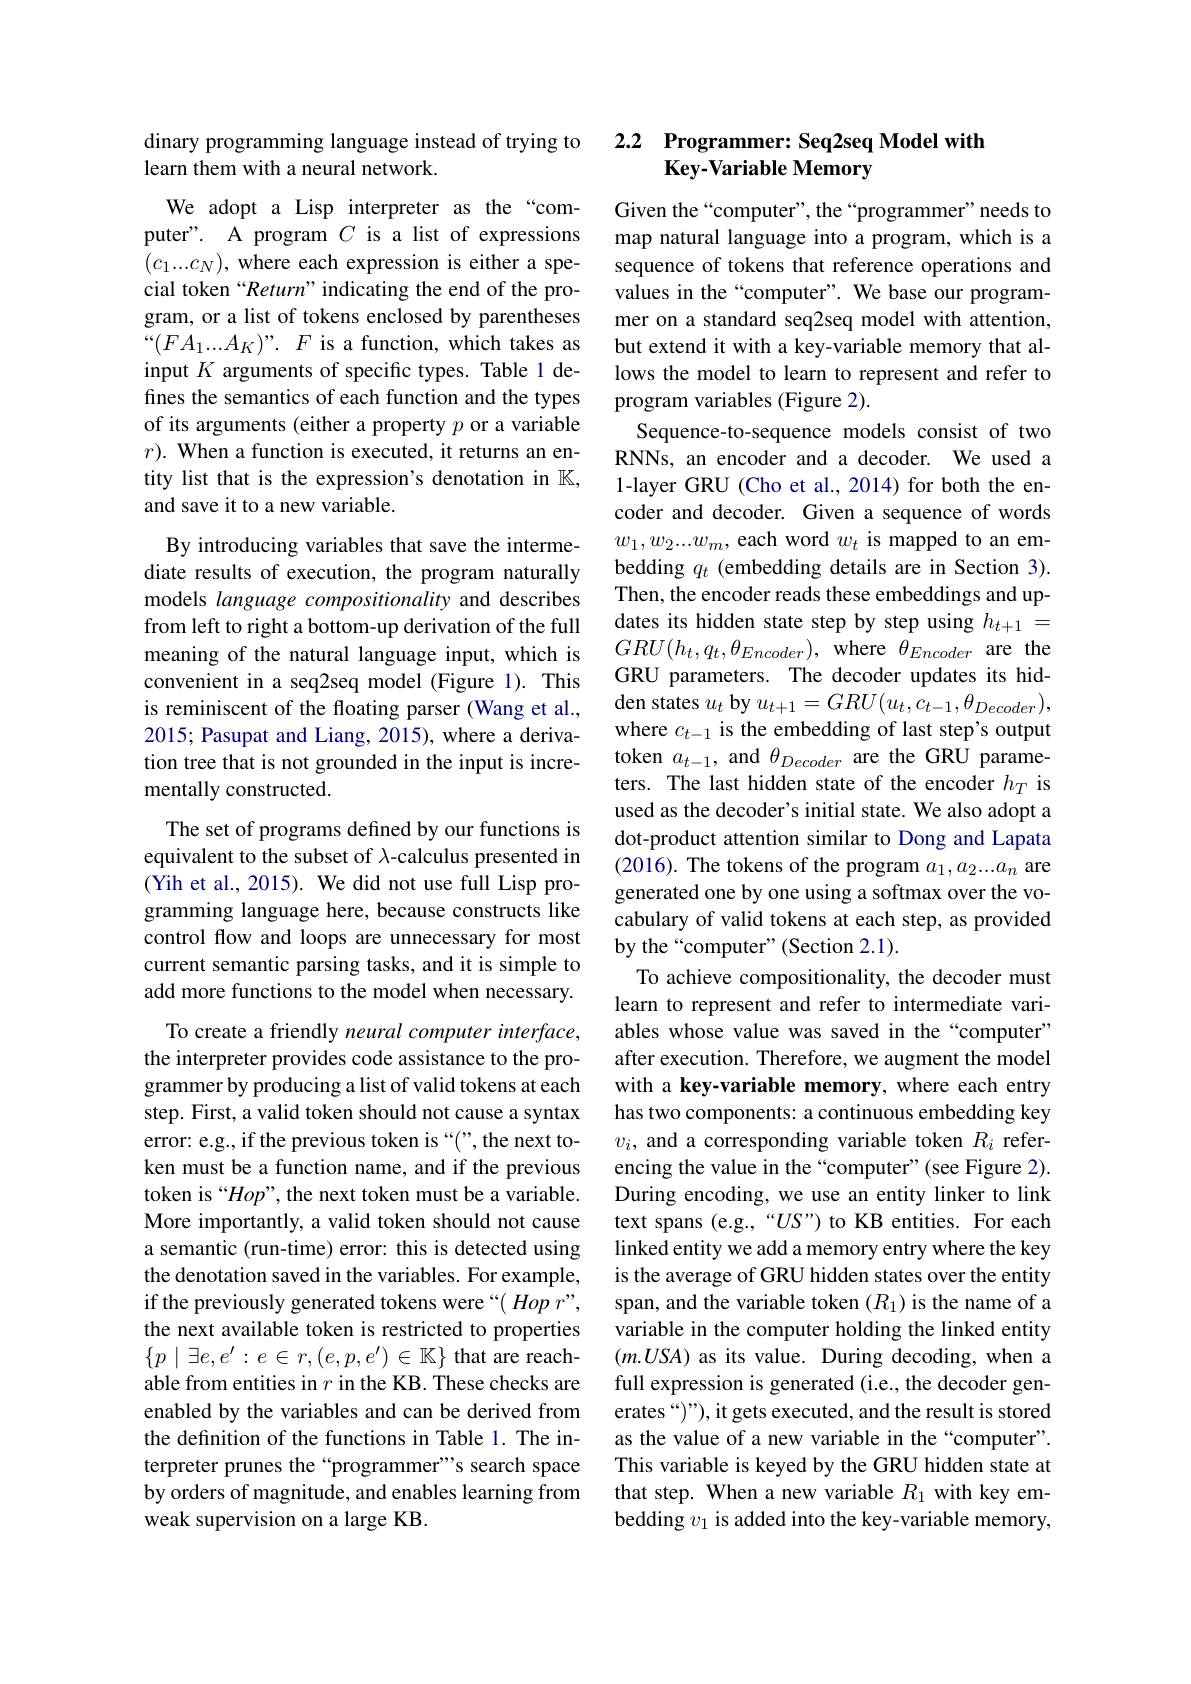
dinary programming language instead of trying to
### learn them with a neural network.

We adopt a Lisp interpreter as the “computer". A program $C$ is a list of expressions $(c_1...c_N)$, where each expression is either a special token“Return”indicating the end of the program, or a list of tokens enclosed by parentheses $“ ( FA_{1}. . . A_{K}) ” .$ $F$ is a function, which takes as input $K$ arguments of specific types. Table 1 defines the semantics of each function and the types of its arguments (either a property $p$ or a variable $r) . \textbf{ When a function is executed, it returns an en- }$ tity list that is the expression's denotation in $\mathbb{K}$, and save it to a new variable.

By introducing variables that save the intermediate results of execution, the program naturally models language compositionality and describes from left to right a bottom-up derivation of the full meaning of the natural language input, which is convenient in a seq2seq model (Figure 1). This is reminiscent of the floating parser (Wang et al., 2015; Pasupat and Liang, 2015), where a derivation tree that is not grounded in the input is incrementally constructed.
The set of programs defined by our functions is equivalent to the subset of $\lambda$-calculus presented in (Yih et al., 2015). We did not use full Lisp programming language here, because constructs like control flow and loops are unnecessary for most current semantic parsing tasks, and it is simple to add more functions to the model when necessary.
To create a friendly neural computer interface, the interpreter provides code assistance to the programmer by producing a list of valid tokens at each step. First, a valid token should not cause a syntax error: e.g., if the previous token is “(”, the next token must be a function name, and if the previous token is “Hop”, the next token must be a variable. More importantly, a valid token should not cause a semantic (run-time) error: this is detected using the denotation saved in the variables. For example, if the previously generated tokens were“( Hop r”, the next available token is restricted to properties $\{p\mid\exists e,e^{\prime}:e\in r,(e,p,e^{\prime})\in\mathbb{K}\}$ that are reachable from entities in $r$ in the KB. These checks are enabled by the variables and can be derived from the definition of the functions in Table 1. The interpreter prunes the“programmer”s search space by orders of magnitude, and enables learning from weak supervision on a large KB.

## 2.2 Programmer: Seq2seq Model with Key-Variable Memory

Given the“computer”, the“programmer”needs to map natural language into a program, which is a sequence of tokens that reference operations and values in the “computer”. We base our programmer on a standard seq2seq model with attention, but extend it with a key-variable memory that allows the model to learn to represent and refer to program variables (Figure 2).
Sequence-to-sequence models consist of two RNNs, an encoder and a decoder. We used a 1-layer GRU (Cho et al., 2014) for both the encoder and decoder. Given a sequence of words $w_1,w_2...w_m$, each word $w_t$ is mapped to an embedding $q_t$ (embedding details are in Section 3). Then, the encoder reads these embeddings and updates its hidden state step by step using $h_{t+1}=$ $GRU(h_{t},q_{t},\theta_{Encoder})$, where $\theta_Encoder$ are the GRU parameters. The decoder updates its hidden states $u_t$ by $u_t+1=GRU(u_t,c_{t-1},\theta_{Decoder})$, where $c_t-1$ is the embedding of last step's output token $a_{t-1}$, and $\theta_{Decoder}$ are the GRU parameters. The last hidden state of the encoder $h_T$ is used as the decoder's initial state. We also adopt a dot-product attention similar to Dong and Lapata (2016). The tokens of the program $a_1,a_2...a_n$ are generated one by one using a softmax over the vocabulary of valid tokens at each step, as provided by the“computer”(Section 2.1).
To achieve compositionality, the decoder must learn to represent and refer to intermediate variables whose value was saved in the “computer” after execution. Therefore, we augment the model with a key-variable memory, where each entry has two components: a continuous embedding key $v_i$, and a corresponding variable token $R_i$ referencing the value in the“computer”(see Figure 2). During encoding, we use an entity linker to link text spans (e.g.,“US”) to KB entities. For each linked entity we add a memory entry where the key is the average of GRU hidden states over the entity span, and the variable token $(R_1)$ is the name of a variable in the computer holding the linked entity $(m.USA)$ as its value. During decoding, when a full expression is generated (i.e., the decoder generates “)”), it gets executed, and the result is stored as the value of a new variable in the“computer”. This variable is keyed by the GRU hidden state at that step. When a new variable $R_1$ with key embedding $v_1$ is added into the key-variable memory,